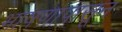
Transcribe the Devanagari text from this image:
भाषणापासून